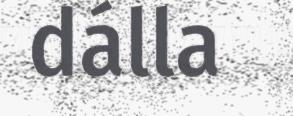
dálla